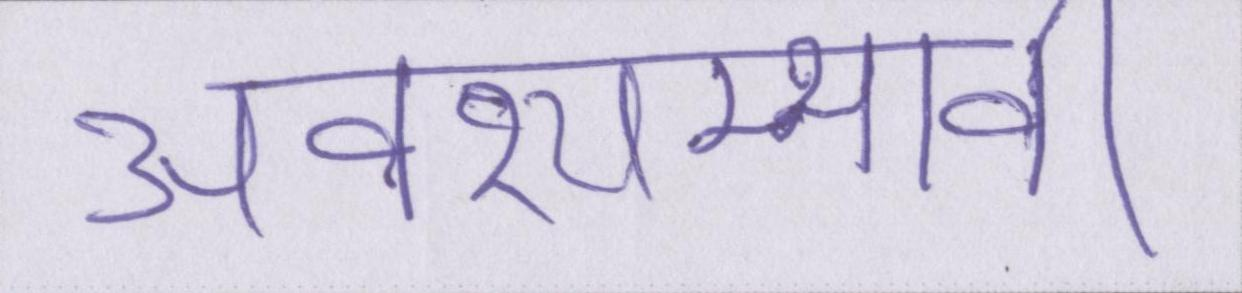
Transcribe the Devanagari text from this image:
अवश्यम्भावी